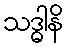
သဒ္ဓါနိ